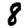
Digit: 8